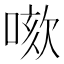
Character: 𠺡